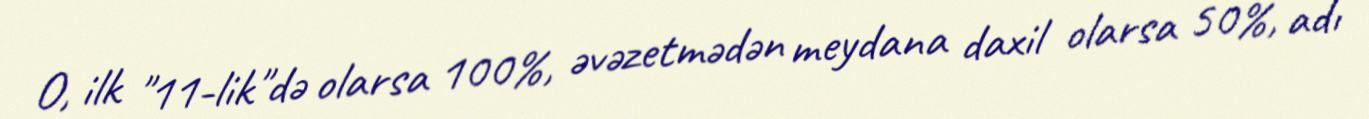
O, ilk "11-lik"də olarsa 100%, əvəzetmədən meydana daxil olarsa 50%, adı